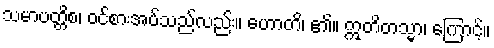
သမာပတ္တိစ၊ ဝင်စားအပ်သည်လည်း။ ဟောတိ၊ ၏။ ဣတိတသ္မာ၊ ကြောင့်။